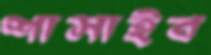
শাসাইব